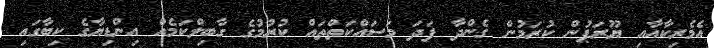
އެމެރިކާއާއި ޔޫރަޕުން ކުރަމުން ގެންދާ ފަދަ މަސައްކަތްތައް ކުރުމުގެ ގާބިލްކަމެއް އިންޑިޔާގެ ކިބާގައި